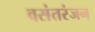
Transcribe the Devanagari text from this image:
वसंतरंजन